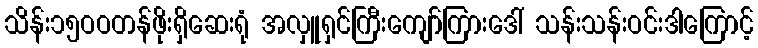
သိန်း၁၅ဝဝတန်ဖိုးရှိဆေးရုံ အလှူရှင်ကြီးကျော်ကြားဒေါ် သန်းသန်းဝင်းဒါကြောင့်